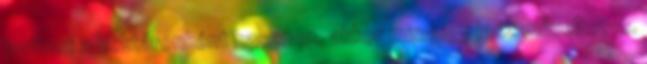
javítani a hektáronként hasznon, akkor mind így lesz műveltetve.